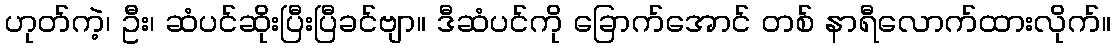
ဟုတ်ကဲ့၊ ဦး၊ ဆံပင်ဆိုးပြီးပြီခင်ဗျာ။ ဒီဆံပင်ကို ခြောက်အောင် တစ် နာရီလောက်ထားလိုက်။